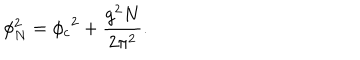
\phi _ { N } ^ { 2 } = { \phi _ { c } } ^ { 2 } + { \frac { g ^ { 2 } N } { 2 \pi ^ { 2 } } } .